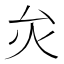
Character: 𤆃